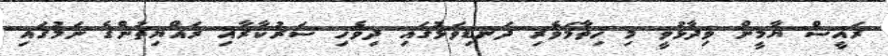
ރައީސް ޔާމީން ވިދާޅުވީ މި ހިތާމަވެރި ދަނޑިވަޅުގައި ދިވެހި ސަރުކާރާއި ރައްޔިތުންގެ ނަމުގައި